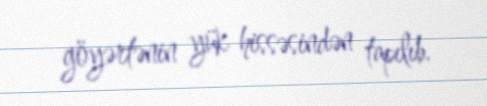
göyərtənin yük hissəsindən tapılıb.